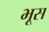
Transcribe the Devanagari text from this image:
भूस